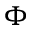
\Phi